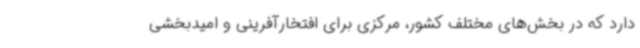
دارد که در بخش‌های مختلف کشور، مرکزی برای افتخارآفرینی و امیدبخشی